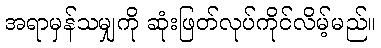
အရာမှန်သမျှကို ဆုံးဖြတ်လုပ်ကိုင်လိမ့်မည်။